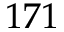
1 7 1